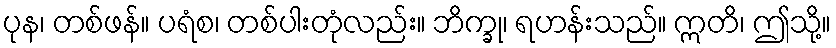
ပုန၊ တစ်ဖန်။ ပရံစ၊ တစ်ပါးတုံလည်း။ ဘိက္ခု၊ ရဟန်းသည်။ ဣတိ၊ ဤသို့။